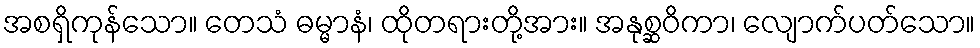
အစရှိကုန်သော။ တေသံ ဓမ္မာနံ၊ ထိုတရားတို့အား။ အနုစ္ဆဝိကာ၊ လျောက်ပတ်သော။